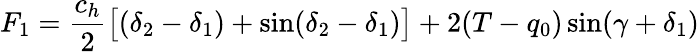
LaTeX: F_{1}=\frac{c_{h}}{2}\big[(\delta_{2}-\delta_{1})+\sin(\delta_{2}-\delta_{1})\big]+2(T-q_{0})\sin(\gamma+\delta_{1})